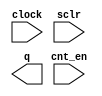
// megafunction wizard: %LPM_COUNTER%VBB%
// GENERATION: STANDARD
// VERSION: WM1.0
// MODULE: LPM_COUNTER 

// ============================================================
// Megafunction Name(s):
// 			LPM_COUNTER
//
// Simulation Library Files(s):
// 			lpm
// ============================================================
// ************************************************************
// THIS IS A WIZARD-GENERATED FILE. DO NOT EDIT THIS FILE!
//
// 14.0.0 Build 200 06/17/2014 SJ Web Edition
// ************************************************************

//Copyright (C) 1991-2014 Altera Corporation. All rights reserved.
//Your use of Altera Corporation's design tools, logic functions 
//and other software and tools, and its AMPP partner logic 
//functions, and any output files from any of the foregoing 
//(including device programming or simulation files), and any 
//associated documentation or information are expressly subject 
//to the terms and conditions of the Altera Program License 
//Subscription Agreement, the Altera Quartus II License Agreement,
//the Altera MegaCore Function License Agreement, or other 
//applicable license agreement, including, without limitation, 
//that your use is for the sole purpose of programming logic 
//devices manufactured by Altera and sold by Altera or its 
//authorized distributors.  Please refer to the applicable 
//agreement for further details.

module LPMCOUNTER26BIT (
	clock,
	cnt_en,
	sclr,
	q);

	input	  clock;
	input	  cnt_en;
	input	  sclr;
	output	[25:0]  q;

endmodule

// ============================================================
// CNX file retrieval info
// ============================================================
// Retrieval info: PRIVATE: ACLR NUMERIC "0"
// Retrieval info: PRIVATE: ALOAD NUMERIC "0"
// Retrieval info: PRIVATE: ASET NUMERIC "0"
// Retrieval info: PRIVATE: ASET_ALL1 NUMERIC "1"
// Retrieval info: PRIVATE: CLK_EN NUMERIC "0"
// Retrieval info: PRIVATE: CNT_EN NUMERIC "1"
// Retrieval info: PRIVATE: CarryIn NUMERIC "0"
// Retrieval info: PRIVATE: CarryOut NUMERIC "0"
// Retrieval info: PRIVATE: Direction NUMERIC "0"
// Retrieval info: PRIVATE: INTENDED_DEVICE_FAMILY STRING "Cyclone IV E"
// Retrieval info: PRIVATE: ModulusCounter NUMERIC "0"
// Retrieval info: PRIVATE: ModulusValue NUMERIC "0"
// Retrieval info: PRIVATE: SCLR NUMERIC "1"
// Retrieval info: PRIVATE: SLOAD NUMERIC "0"
// Retrieval info: PRIVATE: SSET NUMERIC "0"
// Retrieval info: PRIVATE: SSET_ALL1 NUMERIC "1"
// Retrieval info: PRIVATE: SYNTH_WRAPPER_GEN_POSTFIX STRING "0"
// Retrieval info: PRIVATE: nBit NUMERIC "26"
// Retrieval info: PRIVATE: new_diagram STRING "1"
// Retrieval info: LIBRARY: lpm lpm.lpm_components.all
// Retrieval info: CONSTANT: LPM_DIRECTION STRING "UP"
// Retrieval info: CONSTANT: LPM_PORT_UPDOWN STRING "PORT_UNUSED"
// Retrieval info: CONSTANT: LPM_TYPE STRING "LPM_COUNTER"
// Retrieval info: CONSTANT: LPM_WIDTH NUMERIC "26"
// Retrieval info: USED_PORT: clock 0 0 0 0 INPUT NODEFVAL "clock"
// Retrieval info: USED_PORT: cnt_en 0 0 0 0 INPUT NODEFVAL "cnt_en"
// Retrieval info: USED_PORT: q 0 0 26 0 OUTPUT NODEFVAL "q[25..0]"
// Retrieval info: USED_PORT: sclr 0 0 0 0 INPUT NODEFVAL "sclr"
// Retrieval info: CONNECT: @clock 0 0 0 0 clock 0 0 0 0
// Retrieval info: CONNECT: @cnt_en 0 0 0 0 cnt_en 0 0 0 0
// Retrieval info: CONNECT: @sclr 0 0 0 0 sclr 0 0 0 0
// Retrieval info: CONNECT: q 0 0 26 0 @q 0 0 26 0
// Retrieval info: GEN_FILE: TYPE_NORMAL LPMCOUNTER26BIT.v TRUE
// Retrieval info: GEN_FILE: TYPE_NORMAL LPMCOUNTER26BIT.inc FALSE
// Retrieval info: GEN_FILE: TYPE_NORMAL LPMCOUNTER26BIT.cmp FALSE
// Retrieval info: GEN_FILE: TYPE_NORMAL LPMCOUNTER26BIT.bsf FALSE
// Retrieval info: GEN_FILE: TYPE_NORMAL LPMCOUNTER26BIT_inst.v FALSE
// Retrieval info: GEN_FILE: TYPE_NORMAL LPMCOUNTER26BIT_bb.v TRUE
// Retrieval info: LIB_FILE: lpm